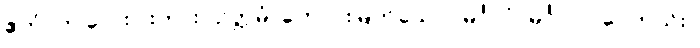
ဧတံ၊ ဤလေးပါးကား။ ဥတ္တမံ၊ ကောင်းမြတ်သော။ မင်္ဂလံ၊ မင်္ဂလာ ပေတည်း။